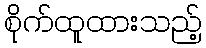
စိုက်ထူထားသည့်